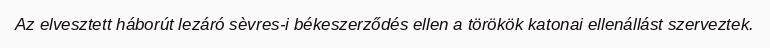
Az elvesztett háborút lezáró sèvres-i békeszerződés ellen a törökök katonai ellenállást szerveztek.